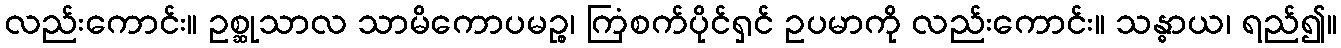
လည်းကောင်း။ ဥစ္ဆုသာလ သာမိကောပမဉ္စ၊ ကြံစက်ပိုင်ရှင် ဥပမာကို လည်းကောင်း။ သန္ဓာယ၊ ရည်၍။